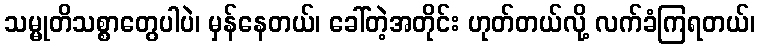
သမ္မုတိသစ္စာတွေပါပဲ၊ မှန်နေတယ်၊ ခေါ်တဲ့အတိုင်း ဟုတ်တယ်လို့ လက်ခံကြရတယ်၊